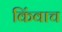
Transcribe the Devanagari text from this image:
किंवाच